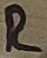
Text: R